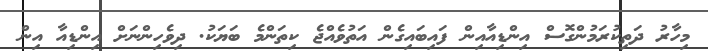
މިހާރު ދަތިކުރަމުންގޮސް އިންޑިއާއިން ފައިބައިގެން އަތުވެއްޖެ ކިތަންމެ ބަޔަކު. ދިވެހިންނަށް އިންޑިއާ އިން